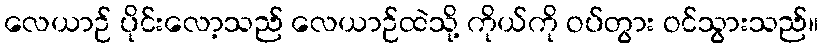
လေယာဉ် ပိုင်းလော့သည် လေယာဉ်ထဲသို့ ကိုယ်ကို ဝပ်တွား ဝင်သွားသည်။